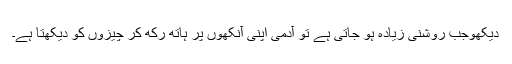
دیکھوجب روشنی زیادہ ہو جاتی ہے تو آدمی اپنی آنکھوں پر ہاتھ رکھ کر چیزوں کو دیکھتا ہے۔